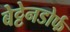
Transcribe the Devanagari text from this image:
बेट्टेनडोर्फ